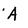
Character: A